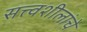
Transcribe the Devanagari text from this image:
सत्त्वशीलांचे